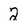
Character: 2